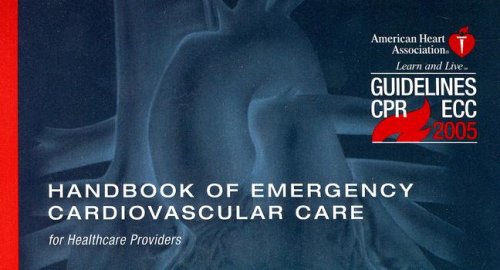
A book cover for Handbook of Emergency Cardiovascular Care: for Healthcare Providers (AHA Handbook of Emergency Cardiovascular Care); Health, Fitness & Dieting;